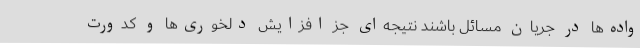
واده‌ها در جریان مسائل باشند نتیجه‌ای جز افزایش دلخوری‌ها و کدورت